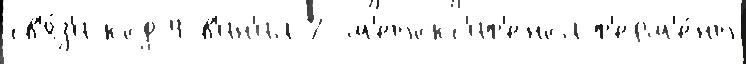
св'я́з'и код 4-в'ин'ил-2-м'етокс'иф'енол ф'ерм'е́нт